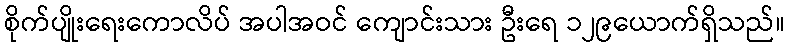
စိုက်ပျိုးရေးကောလိပ် အပါအဝင် ကျောင်းသား ဦးရေ ၁၂၉ယောက်ရှိသည်။